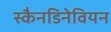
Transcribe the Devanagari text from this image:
स्कैनडिनेवियन